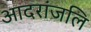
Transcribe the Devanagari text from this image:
आदरांजलि